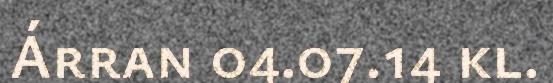
Árran 04.07.14 kl.